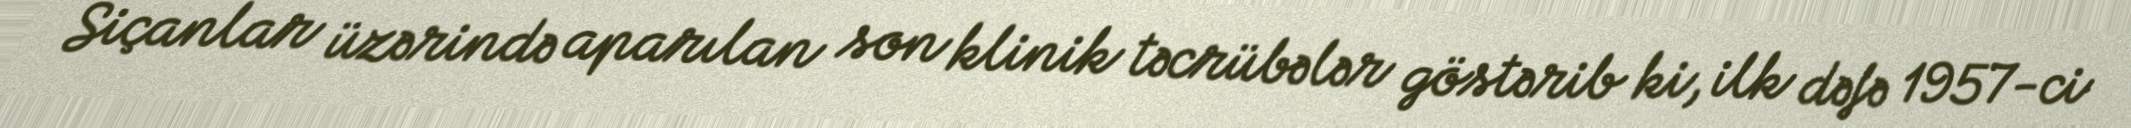
Siçanlar üzərində aparılan son klinik təcrübələr göstərib ki, ilk dəfə 1957-ci